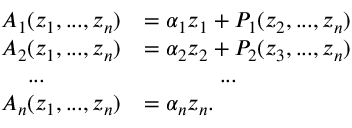
\begin{array} { r l } { A _ { 1 } ( z _ { 1 } , . . . , z _ { n } ) } & { = \alpha _ { 1 } z _ { 1 } + P _ { 1 } ( z _ { 2 } , . . . , z _ { n } ) } \\ { A _ { 2 } ( z _ { 1 } , . . . , z _ { n } ) } & { = \alpha _ { 2 } z _ { 2 } + P _ { 2 } ( z _ { 3 } , . . . , z _ { n } ) } \\ { . . . \ \ \ \ \ \ \ \ \ \ } & { \ \ \ \ \ \ \ \ \ \ . . . } \\ { A _ { n } ( z _ { 1 } , . . . , z _ { n } ) } & { = \alpha _ { n } z _ { n } . } \end{array}